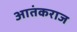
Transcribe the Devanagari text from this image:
आतंकराज